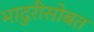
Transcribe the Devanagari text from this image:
भादुरीसोबत